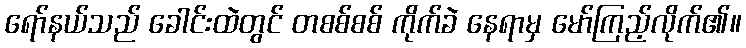
ရော်နယ်သည် ခေါင်းထဲတွင် တစစ်စစ် ကိုက်ခဲ နေရာမှ မော်ကြည့်လိုက်၏။